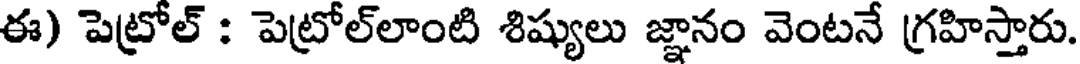
ఈ) పెట్రోల్ : పెట్రోల్లాంటి శిష్యులు జ్ఞానం వెంటనే గ్రహిస్తారు.